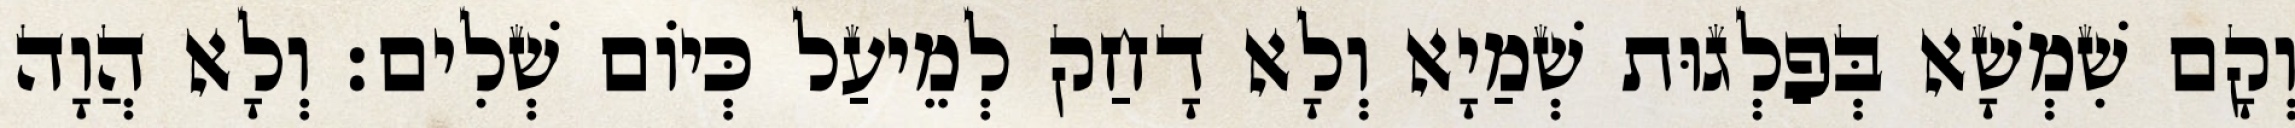
וְקָם שִׁמְשָׁא בְּפַלְגוּת שְׁמַיָא וְלָא דָחַק לְמֵיעַל כְּיוֹם שְׁלִים׃ וְלָא הֲוָה